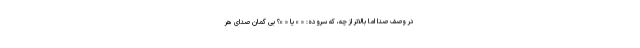
در وصف صدا اما بالاتر از چه، که سروده: « » یا « »؟ بی گمان صدای هر